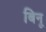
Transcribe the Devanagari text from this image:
बिनू